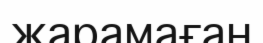
жарамаған